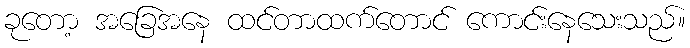
ခုတော့ အခြေအနေ ထင်တာထက်တောင် ကောင်းနေသေးသည်။